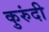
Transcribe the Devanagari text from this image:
कुरुंदी